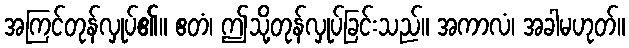
အကြင်တုန်လှုပ်၏။ ဧတံ၊ ဤသို့တုန်လှုပ်ခြင်းသည်။ အကာလံ၊ အခါမဟုတ်။